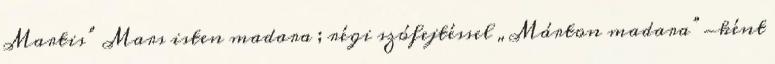
Martis” Mars isten madara ; régi szófejtéssel „Márton madara”-ként